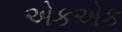
એકએક